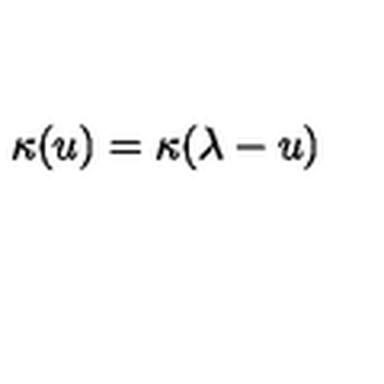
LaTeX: \kappa ( u ) = \kappa ( \lambda - u )